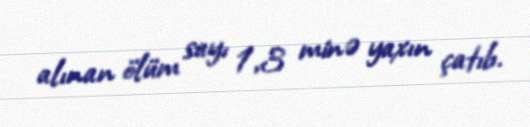
alınan ölüm sayı 1,3 minə yaxın çatıb.